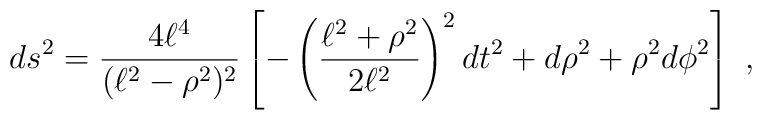
ds^2 = \frac{4\ell^4}{(\ell^2 -\rho^2)^2} \left[ -\left( \frac{\ell^2 + \rho^2}{2 \ell^2} \right)^2 dt^2 + d\rho^2 + \rho^2 d \phi^2 \right] \ ,